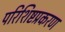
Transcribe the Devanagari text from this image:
परिशिष्टप्रकरण